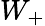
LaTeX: W_{+}